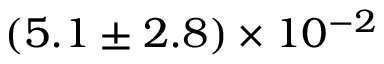
( 5 . 1 \pm 2 . 8 ) \times 1 0 ^ { - 2 }